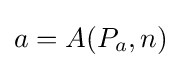
a=A(P_{a},n)